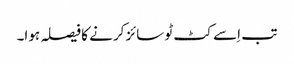
تب اِسے کٹ ٹو سائز کرنے کا فیصلہ ہوا۔